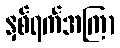
နှစ်ရက်အကြာ